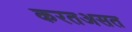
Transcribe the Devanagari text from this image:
करतअसत